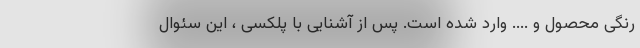
رنگی محصول و .... وارد شده است. پس از آشنایی با پلکسی ، این سئوال